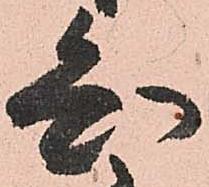
知